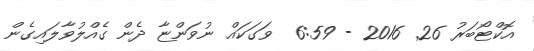
އޮކްޓޯބަރު 26